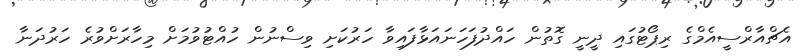
އެޗްއާރްސީއެމްގެ ރިޕޯޓުގައި ދީނީ ގޮތުން ހައްދުފަހަނައަޅާފައިވާ ހަރުކަށި ވިސްނުން ހުއްޓުވުމަށް މިހާރަށްވުރެ ހަރުދަނާ